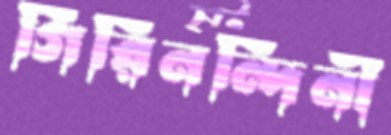
গিরিনন্দিনী